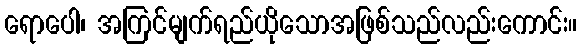
ရောပေါ၊ အကြင်မျက်ရည်ယိုသောအဖြစ်သည်လည်းကောင်း။